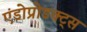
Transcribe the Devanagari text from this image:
एंडोप्रोडक्ट्स